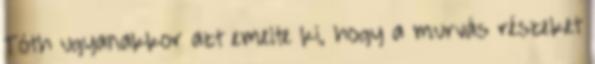
Tóth ugyanakkor azt emelte ki, hogy a murvás részeket